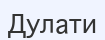
Дулати